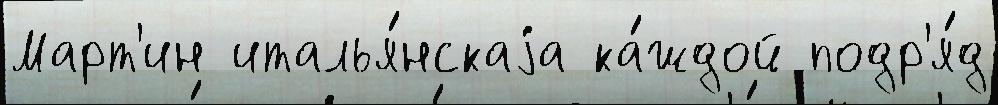
Март'ин италья́нскаjа ка́ждой подр'я́д